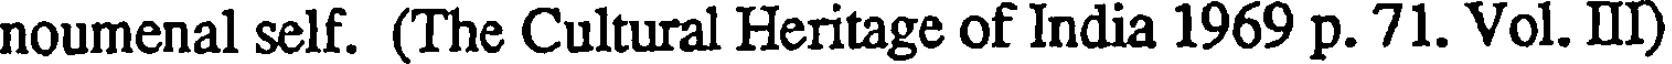
noumenal self. (The Cultural Heritage of India 1969 p. 71. Vol. II)